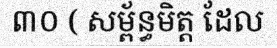
៣០ ( សម្ព័ន្ធមិត្ត ដែល